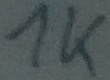
Text: 1K